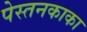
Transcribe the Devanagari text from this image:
पेस्तनकाका